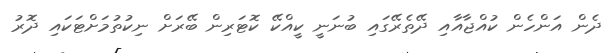
ދެން އަންހެން ކުއްޖާއާއި ދޭތެރޭގައި ބުނަނީ ކީއްކޭ ކޮޓަރިން ބޭރަށް ނިކުތުމަށްޓަކައި ދޮރު